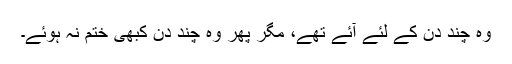
وہ چند دن کے لئے آئے تھے، مگر پھر وہ چند دن کبھی ختم نہ ہوئے۔